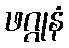
ဖဂ္ဂုနံ